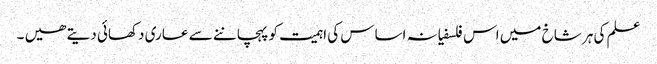
علم کی ہر شاخ میں اس فلسفیانہ اساس کی اہمیت کو پہچاننے سے عاری دکھائی دیتے ھیں ۔